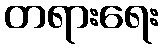
တရားရေး